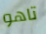
تاهو